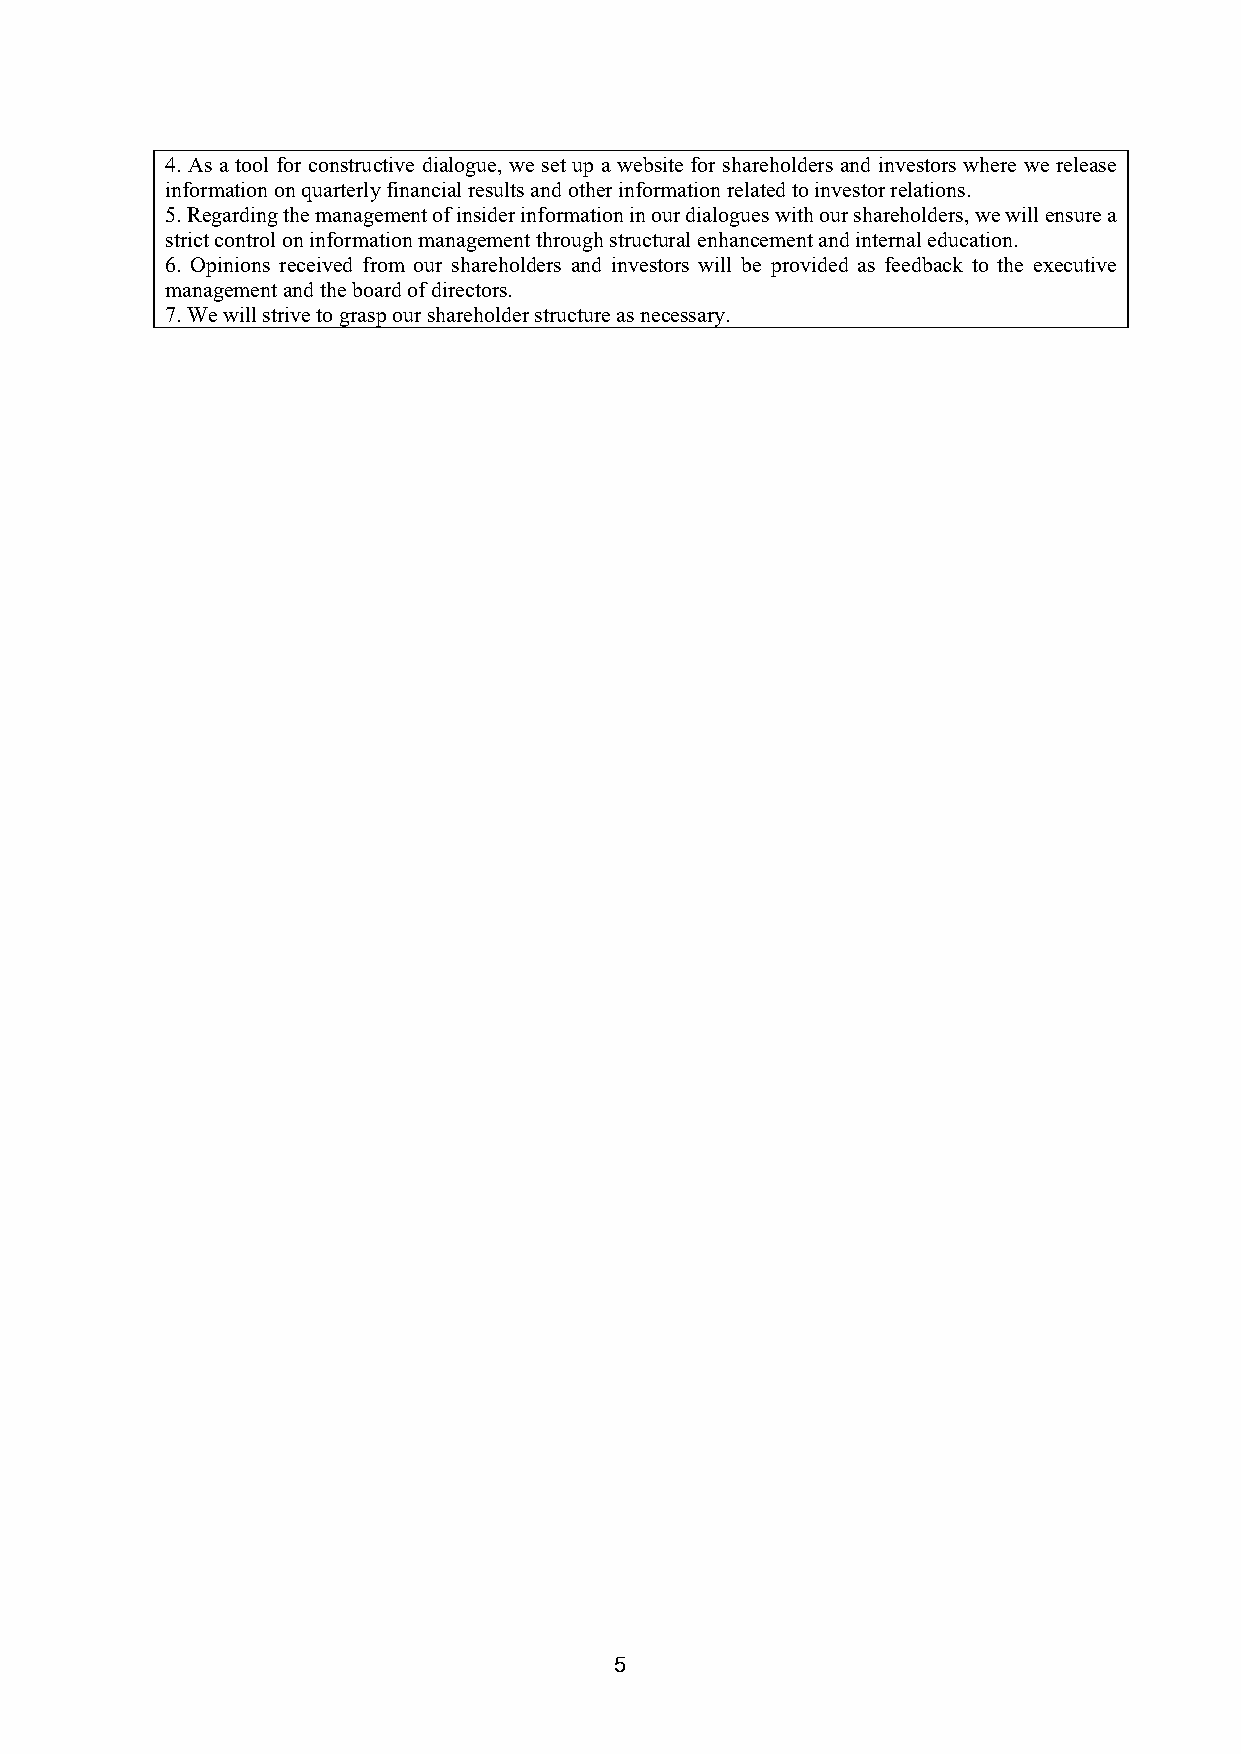
4. As a tool for constructive dialogue, we set up a website for shareholders and investors where we release
 information on quarterly financial results and other information related to investor relations.
 5. Regarding the management of insider information in our dialogues with our shareholders, we will ensure a
 strict control on information management through structural enhancement and internal education.
 6. Opinions received from our shareholders and investors will be provided as feedback to the executive
 management and the board of directors.
 7. We will strive to grasp our shareholder structure as necessary.
 5